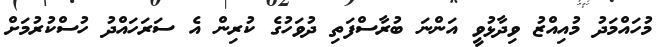
މުހައްމަދު މުއިއްޒު ވިދާޅުވީ އަންނަ ބުރާސްފަތި ދުވަހުގެ ކުރިން އެ ސަރަހައްދު ހުސްކުރުމަށް